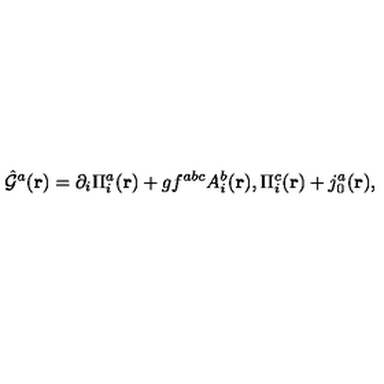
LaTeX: { \hat { \cal G } } ^ { a } ( { \bf r } ) = \partial _ { i } \Pi _ { i } ^ { a } ( { \bf r } ) + g f ^ { a b c } A _ { i } ^ { b } ( { \bf r } ) , \Pi _ { i } ^ { c } ( { \bf r } ) + j _ { 0 } ^ { a } ( { \bf r } ) ,